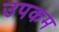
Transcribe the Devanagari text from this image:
उपकम